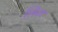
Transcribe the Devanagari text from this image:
लिळ